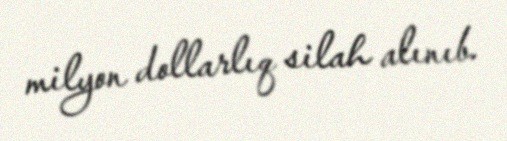
milyon dollarlıq silah alınıb.